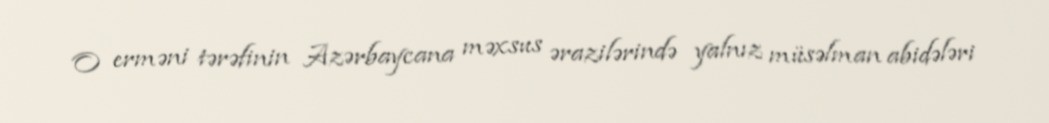
O erməni tərəfinin Azərbaycana məxsus ərazilərində yalnız müsəlman abidələri